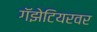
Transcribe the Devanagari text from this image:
गॅझेटियरवर